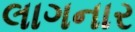
લાગનાર